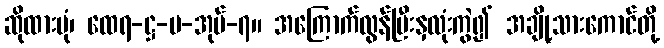
ဆိုထားပုံ၊ ထေရ-ဋ္ဌ-ပ-အုပ်-၇။ အကြောက်လွန်ပြီးနှလုံးကွဲ၍ အချို့သားကောင်တို့